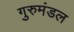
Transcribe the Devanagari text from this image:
गुरुमंडल